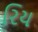
રિય